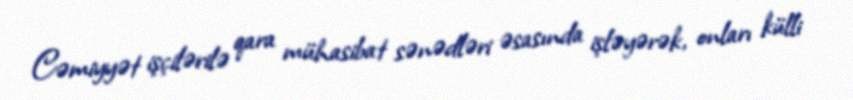
Cəmiyyət işçilərilə qara mühasibat sənədləri əsasında işləyərək, onları külli